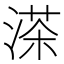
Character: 𦴶